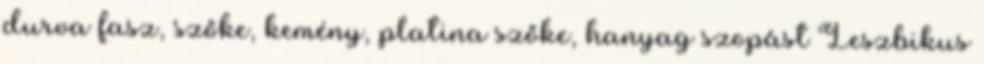
durva fasz, szőke, kemény, platina szőke, hanyag szopást Leszbikus